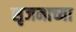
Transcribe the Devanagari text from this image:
सृजनाच्या